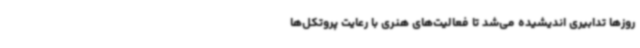
روزها تدابیری اندیشیده می‌شد تا فعالیت‌های هنری با رعایت پروتکل‌ها